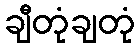
ချီတုံချတုံ